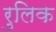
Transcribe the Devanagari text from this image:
रुलिक